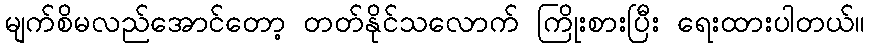
မျက်စိမလည်အောင်တော့ တတ်နိုင်သလောက် ကြိုးစားပြီး ရေးထားပါတယ်။